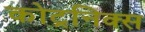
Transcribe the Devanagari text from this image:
कोट्रनिक्स